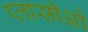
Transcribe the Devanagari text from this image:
प्लासीओ